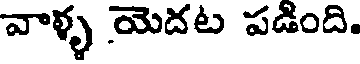
వాళ్ళ యెదట పడింది.